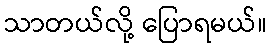
သာတယ်လို့ ပြောရမယ်။